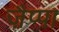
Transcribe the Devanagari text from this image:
ज़ैप्पा